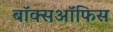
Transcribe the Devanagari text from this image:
बाॅक्सऑफिस